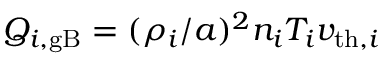
Q _ { i , \mathrm { g B } } = ( \rho _ { i } / a ) ^ { 2 } n _ { i } T _ { i } v _ { \mathrm { t h } , i }